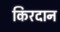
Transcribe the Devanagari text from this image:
किरदान